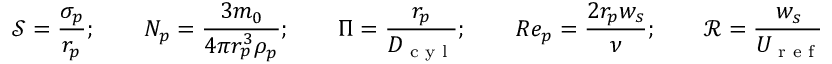
\mathcal { S } = \frac { \sigma _ { p } } { r _ { p } } ; \qquad N _ { p } = \frac { 3 m _ { 0 } } { 4 \pi r _ { p } ^ { 3 } \rho _ { p } } ; \qquad \Pi = \frac { r _ { p } } { D _ { \textrm { c y l } } } ; \qquad R e _ { p } = \frac { 2 r _ { p } w _ { s } } { \nu } ; \qquad \mathcal { R } = \frac { w _ { s } } { U _ { \textrm { r e f } } } .